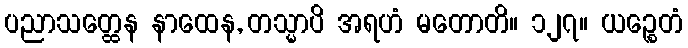
ပညာသတ္ထေန နာထေန, တသ္မာပိ အရဟံ မတောတိ။ ၁၂၇။ ယဉ္စေတံ